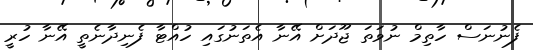
ފެނުނަސް ހާތިމް ނުވަތަ ޖޫދަށް އޭނާ އެތަނުގައި ހުއްޓާ ފެނިދާނެތީ އޭނާ ހުރީ